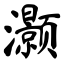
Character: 灏